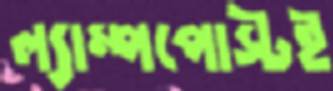
ল্যাম্পপোস্টই